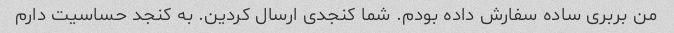
من بربری ساده سفارش داده بودم. شما کنجدی ارسال کردین. به کنجد حساسیت دارم